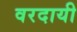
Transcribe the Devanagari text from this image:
वरदायी